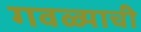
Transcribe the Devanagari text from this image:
गवळ्याची